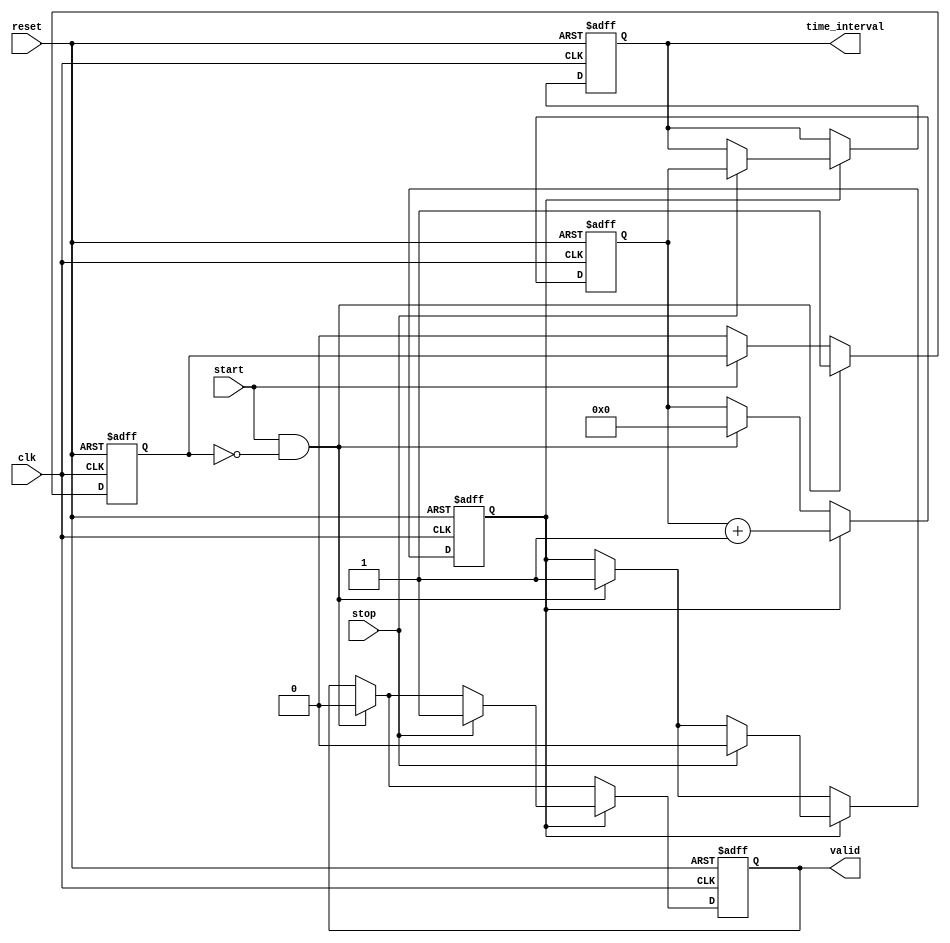
module TDC (
    input wire clk,           // High-frequency clock
    input wire start,         // Start signal
    input wire stop,          // Stop signal
    input wire reset,         // Asynchronous reset
    output reg [15:0] time_interval, // Measured time interval in clock cycles
    output reg valid          // Indicates a valid measurement available
);

    reg [15:0] counter;       // Counter to count clock cycles
    reg measuring;            // State to indicate if we are measuring
    reg start_edge_detected;  // Flag to detect start edge

    // Memory Block (FIFO implementation can be added as needed)
    reg [15:0] memory [0:15]; // Simple memory block for storing time intervals
    reg [3:0] write_pointer;   // Write pointer for memory
    reg [3:0] read_pointer;    // Read pointer for memory

    // Counter and Control Logic
    always @(posedge clk or posedge reset) begin
        if (reset) begin
            counter <= 16'h0;
            measuring <= 1'b0;
            time_interval <= 16'h0;
            valid <= 1'b0;
            write_pointer <= 4'h0;
            start_edge_detected <= 1'b0;
        end else begin
            // Detect rising edge of the start signal
            if (start && !start_edge_detected) begin
                // Reset counter and start measuring
                counter <= 16'h0;
                measuring <= 1'b1;
                start_edge_detected <= 1'b1;
                valid <= 1'b0; // Reset valid flag
            end else if (!start) begin
                start_edge_detected <= 1'b0; // Clear the edge detected flag
            end

            // Count clock cycles while measuring
            if (measuring) begin
                counter <= counter + 1;

                // Detect rising edge of the stop signal
                if (stop) begin
                    measuring <= 1'b0; // Stop measuring
                    time_interval <= counter; // Store the measured time
                    valid <= 1'b1; // Set valid flag
                    // Store time_interval in memory
                    memory[write_pointer] <= time_interval;
                    write_pointer <= write_pointer + 1;
                    if (write_pointer == 4'hF) begin
                        write_pointer <= 4'h0; // Wrap around if memory is full
                    end
                end
            end
        end
    end

    // Output Logic (optional)
    // This can be expanded based on how you want to read from memory
    always @(posedge clk) begin
        if (valid) begin
            // You can implement output logic here, for now, it's just setting valid high
        end
    end

endmodule